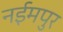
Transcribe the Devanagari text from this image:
नईमपुर